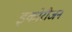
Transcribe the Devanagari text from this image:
इकोरीजन